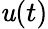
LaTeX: \mathit{u}(t)